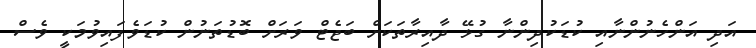
އަދި އަންހެނުންނާއި ކުޑަކުދިންނާ ގުޅޭ ދާއިރާތަކަށް ބަޖެޓް ވަރަށް ބޮޑުތަނުން ކުޑަވެފައިވުމަކީ ވެސް